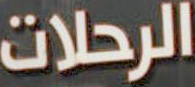
الرحلات